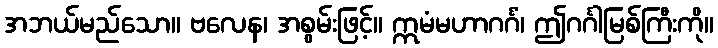
အဘယ်မည်သော။ ဗလေန၊ အစွမ်းဖြင့်။ ဣမံမဟာဂင်္ဂံ၊ ဤဂင်္ဂါမြစ်ကြီးကို။